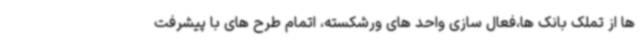
ها از تملک بانک ها،فعال سازی واحد های ورشکسته، اتمام طرح های با پیشرفت